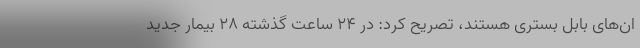
ان‌های بابل بسترى هستند، تصریح کرد: در ۲۴ ساعت گذشته ۲۸ بیمار جدید